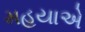
મહયાએ